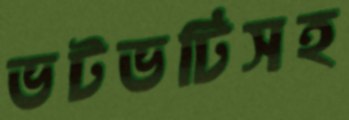
ভটভটিসহ